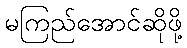
မကြည်အောင်ဆိုဖို့